Madras plague regulations and rules for the inspection of inward and outward bound vessels - Volume 2
Disease focus: Plague
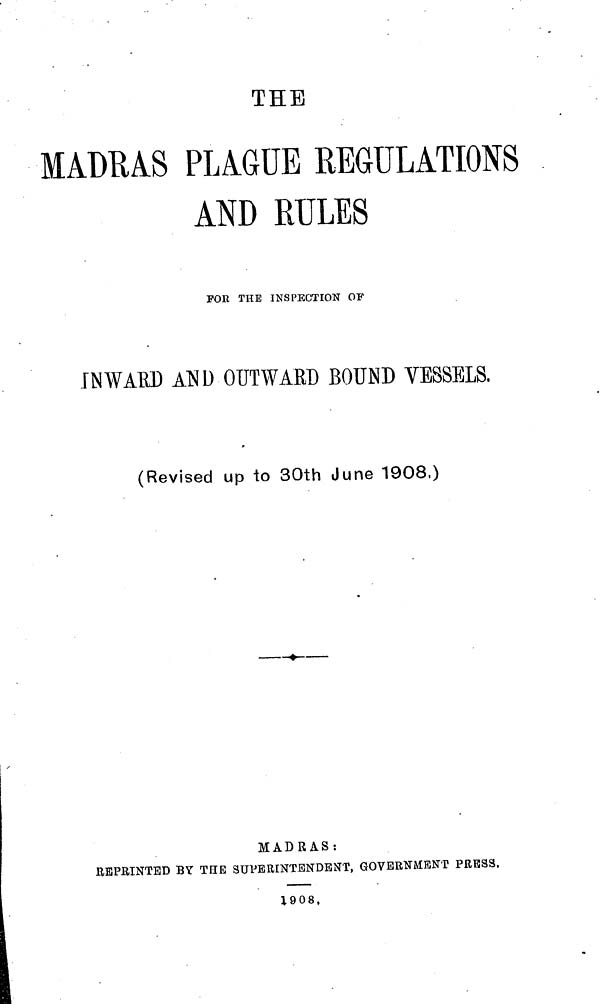
THE
MADRAS PLAGUE REGULATIONS
AND RULES
FOR THE INSPECTION OF
INWAED AND OUTWARD BOUND VESSELS,
MADRAS:
REPRINTED BY TETE SUPERINTENDENT, GOVERNMENT PRESS,
1908,